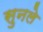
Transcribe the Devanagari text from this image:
सुनले